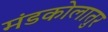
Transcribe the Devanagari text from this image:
मंडकोलातुर